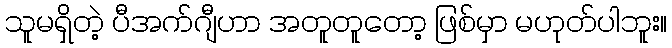
သူမရှိတဲ့ ပီအက်ဂျီဟာ အတူတူတော့ ဖြစ်မှာ မဟုတ်ပါဘူး။